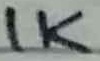
Text: 1K